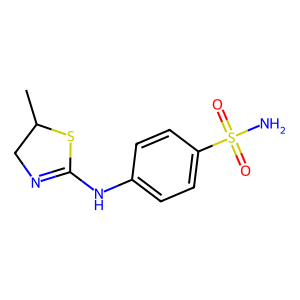
SMILES: CC1CN=C(Nc2ccc(S(N)(=O)=O)cc2)S1
Inhibits HIV replication: No